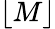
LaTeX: \lfloor M\rfloor